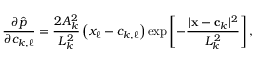
\frac { \partial \hat { p } } { \partial c _ { k , \ell } } = \frac { 2 A _ { k } ^ { 2 } } { L _ { k } ^ { 2 } } \left( x _ { \ell } - c _ { k , \ell } \right) \exp \left[ - \frac { | \mathbf x - \mathbf c _ { k } | ^ { 2 } } { L _ { k } ^ { 2 } } \right] ,